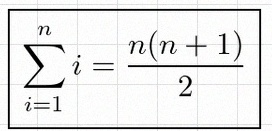
\sum_{i=1}^{n}i=\frac{n(n+1)}2